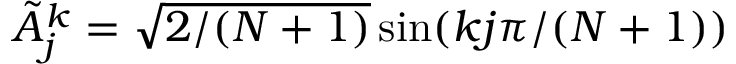
\tilde { A } _ { j } ^ { k } = \sqrt { 2 / ( N + 1 ) } \sin ( k j \pi / ( N + 1 ) )